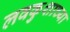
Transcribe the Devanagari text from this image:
लवकुशाच्या